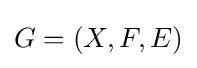
G=(X,F,E)